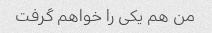
من هم یکی را خواهم گرفت